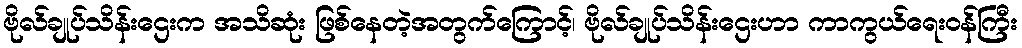
ဗိုလ်ချုပ်သိန်းဌေးက အသိဆုံး ဖြစ်နေတဲ့အတွက်ကြောင့်၊ ဗိုလ်ချုပ်သိန်းဌေးဟာ ကာကွယ်ရေးဝန်ကြီး